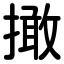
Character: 撖